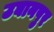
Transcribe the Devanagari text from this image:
उघानपुर